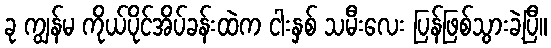
ခု ကျွန်မ ကိုယ်ပိုင်အိပ်ခန်းထဲက ငါးနှစ် သမီးလေး ပြန်ဖြစ်သွားခဲ့ပြီ။